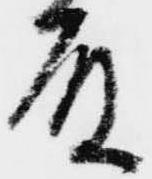
殿